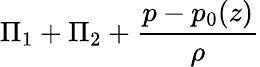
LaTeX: \Pi_{1}+\Pi_{2}+\frac{p-p_{0}(z)}{\rho}